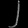
Digit: ၂